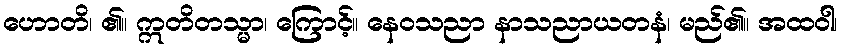
ဟောတိ၊ ၏။ ဣတိတသ္မာ၊ ကြောင့်။ နေဝသညာ နာသညာယတနံ၊ မည်၏။ အထဝါ၊